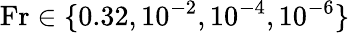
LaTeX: \textnormal{Fr}\in\{ 0.32,10^{-2},10^{-4},10^{-6}\}